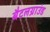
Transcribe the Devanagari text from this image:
बैटलग्राउंड